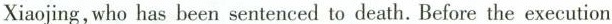
Xiaojing, who has been sentenced to death. Before the execution